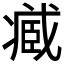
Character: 𮍒